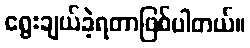
ရွေးချယ်ခဲ့ရတာဖြစ်ပါတယ်။